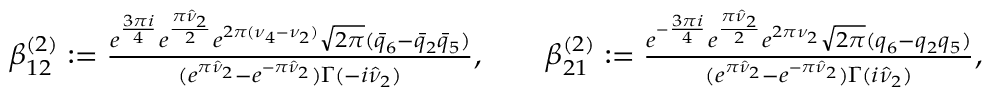
\begin{array} { r l } & { \beta _ { 1 2 } ^ { ( 2 ) } : = \frac { e ^ { \frac { 3 \pi i } { 4 } } e ^ { \frac { \pi \hat { \nu } _ { 2 } } { 2 } } e ^ { 2 \pi ( \nu _ { 4 } - \nu _ { 2 } ) } \sqrt { 2 \pi } ( \bar { q } _ { 6 } - \bar { q } _ { 2 } \bar { q } _ { 5 } ) } { ( e ^ { \pi \hat { \nu } _ { 2 } } - e ^ { - \pi \hat { \nu } _ { 2 } } ) \Gamma ( - i \hat { \nu } _ { 2 } ) } , \qquad \beta _ { 2 1 } ^ { ( 2 ) } : = \frac { e ^ { - \frac { 3 \pi i } { 4 } } e ^ { \frac { \pi \hat { \nu } _ { 2 } } { 2 } } e ^ { 2 \pi \nu _ { 2 } } \sqrt { 2 \pi } ( q _ { 6 } - q _ { 2 } q _ { 5 } ) } { ( e ^ { \pi \hat { \nu } _ { 2 } } - e ^ { - \pi \hat { \nu } _ { 2 } } ) \Gamma ( i \hat { \nu } _ { 2 } ) } , } \end{array}